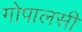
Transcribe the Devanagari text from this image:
गोपालसीं